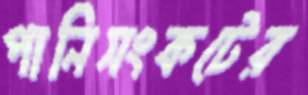
পানিসংকটের